Vaccine operations Central Provinces 1868-1885 - 1868-1885
Year: 1868
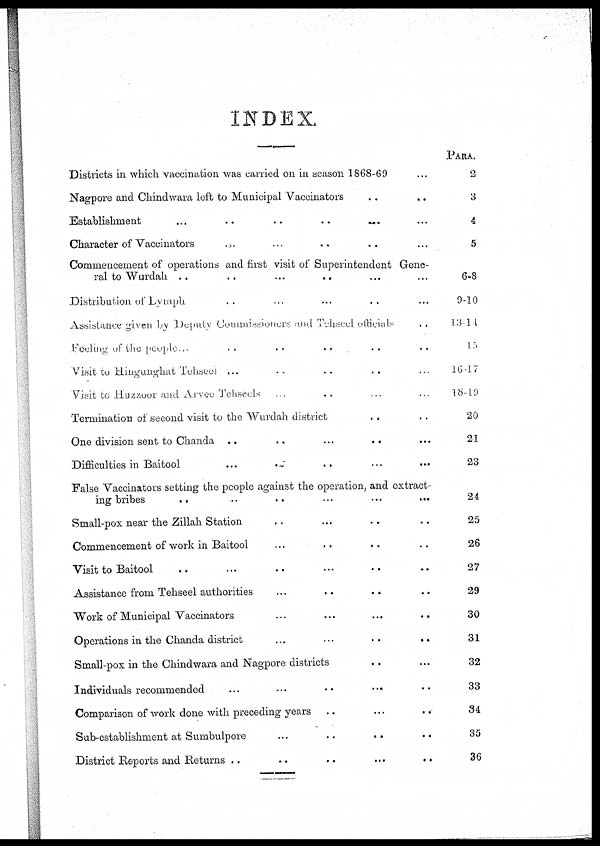
INDEX.
Districts in which vaccination was carried on in season 1868-69 ...
Nagpore and Chindwara left to Municipal Vaccinators ... ...
Establishment
...
...
...
...
...
...
Character of Vaccinators ... ... ... ... ...
Commencement of operations and first visit of Superintendent Gene-
ral to Wurdah ... ... ... ... ...
Distribution of Lymph ... ... ... ... ...
Assistance given by Deputy Commissioners and Tehseel officrars ...
Feclmg of the people ... .. .. .. .. ..
Visit to Hingunghat Tehseel
...
...
...
...
...
Visit to Huzzoor and Arvee Tehseels ... ... ... ...
Termination of second visit to the Wurdah district ... ...
One division sent to Chanda
...
...
...
...
...
Difficulties in Baitool ... ... ... ... ...
False Vaccinators setting the people against the operation, and extract-
ing bribes ... ... ... ... ... ...
Small-pox near the Zillah Station ... ... ... ...
Commencement of work in Baitool ... ... ... ...
Visit to Baitool ... ... ... ... ... ...
Assistance from Tehseel authorities ... ... ... ... ... ...
Work of Municipal Vaccinators ... ... ... ... ... ...
Operations in the Chanda district
...
...
...
...
...
...
Small-pox in the Chindwara and Nagpore districts ... ... ... ...
Individuals recommended ... ... ... ... ... ...
Comparison of work done with preceding years ... ... ... ...
Sub-establishment at Sumbulpore ... ... ... ...
District Reports and Returns
...
...
...
...
...
...
PARA.
2
3
4
5
6-8
9-10
13-14
15
16-17
18-19
20
21
23
24
25
26
27
29
30
31
32
33
34
35
36